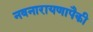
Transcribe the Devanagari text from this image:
नवनारायणापैकी